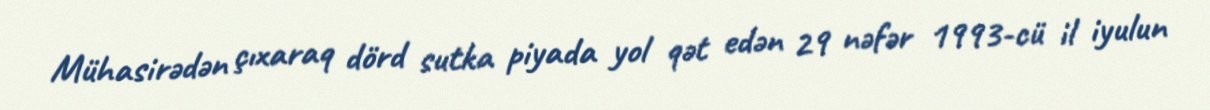
Mühasirədən çıxaraq dörd sutka piyada yol qət edən 29 nəfər 1993-cü il iyulun